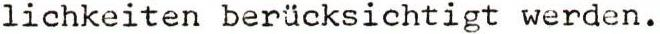
lichkeiten berücksichtigt werden.